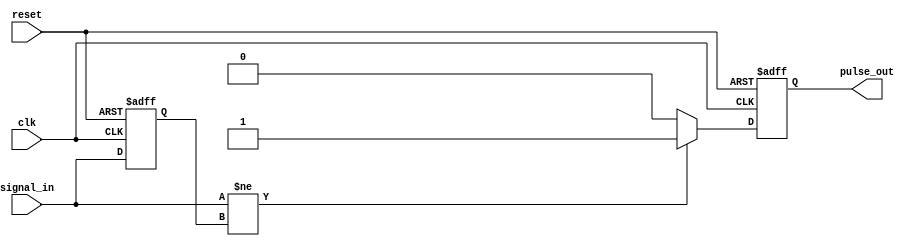
module pulse_edge_detector (
    input wire clk,          // Clock signal
    input wire reset,        // Asynchronous reset
    input wire signal_in,    // Input signal to detect edges
    output reg pulse_out     // Output pulse signal
);

    reg signal_prev;         // Register to hold the previous state of signal_in

    // Asynchronous reset and edge detection logic
    always @(posedge clk or posedge reset) begin
        if (reset) begin
            signal_prev <= 1'b0; // Initialize previous state to low
            pulse_out <= 1'b0;   // Clear output pulse
        end else begin
            // Edge detection logic
            if (signal_in != signal_prev) begin
                pulse_out <= 1'b1; // Generate pulse on edge detection
            end else begin
                pulse_out <= 1'b0; // Clear pulse if no edge detected
            end
            
            // Update previous state
            signal_prev <= signal_in;
        end
    end

endmodule